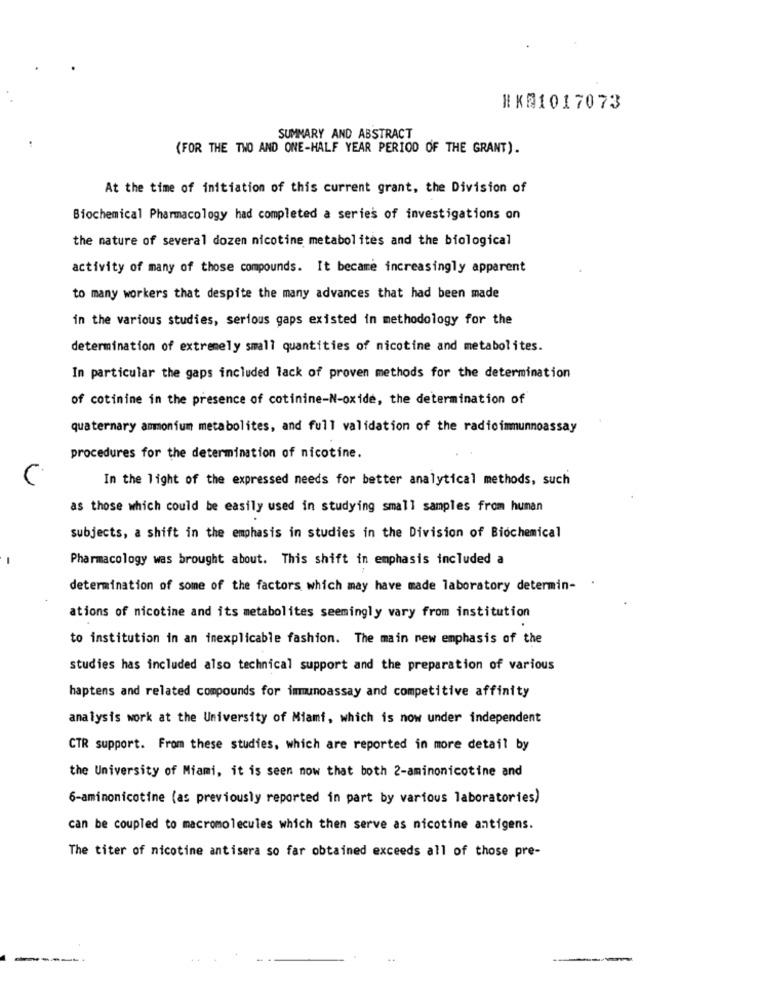
HK@1017073
SUMMARY AND ABSTRACT
(FOR THE TWO AND ONE-HALF YEAR PERIOD OF THE GRANT).
At the time of initiation of this current grant, the Division of
Biochemical Pharmacology had completed a series of investigations on
the nature of several dozen nicotine metabolites and the biological
activity of many of those compounds. It became increasingly apparent
to many workers that despite the many advances that had been made
in the various studies, serious gaps existed in methodology for the
determination of extremely small quantities of nicotine and metabolites.
In particular the gaps included lack of proven methods for the determination
of cotinine in the presence of cotinine-N-oxide, the determination of
quaternary ammonium metabolites, and full validation of the radioimmunnoassay
procedures for the determination of nicotine.
In the light of the expressed needs for better analytical methods, such
as those which could be easily used in studying small samples from human
subjects, a shift in the emphasis in studies in the Division of Biochemical
Pharmacology was brought about. This shift in emphasis included a
determination of some of the factors which may have made laboratory determin-
ations of nicotine and its metabolites seemingly vary from institution
to institution in an inexplicable fashion. The main new emphasis of the
studies has included also technical support and the preparation of various
haptens and related compounds for immunoassay and competitive affinity
analysis work at the University of Miami, which is now under independent
CTR support. From these studies, which are reported in more detail by
the University of Miami, it is seen now that both 2-aminonicotine and
6-aminonicotine (as previously reported in part by various laboratories)
can be coupled to macromolecules which then serve as nicotine antigens.
The titer of nicotine antisera so far obtained exceeds all of those pre-